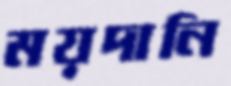
ময়দানি